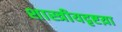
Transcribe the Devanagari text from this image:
शास्त्रीयदृष्टय़ा